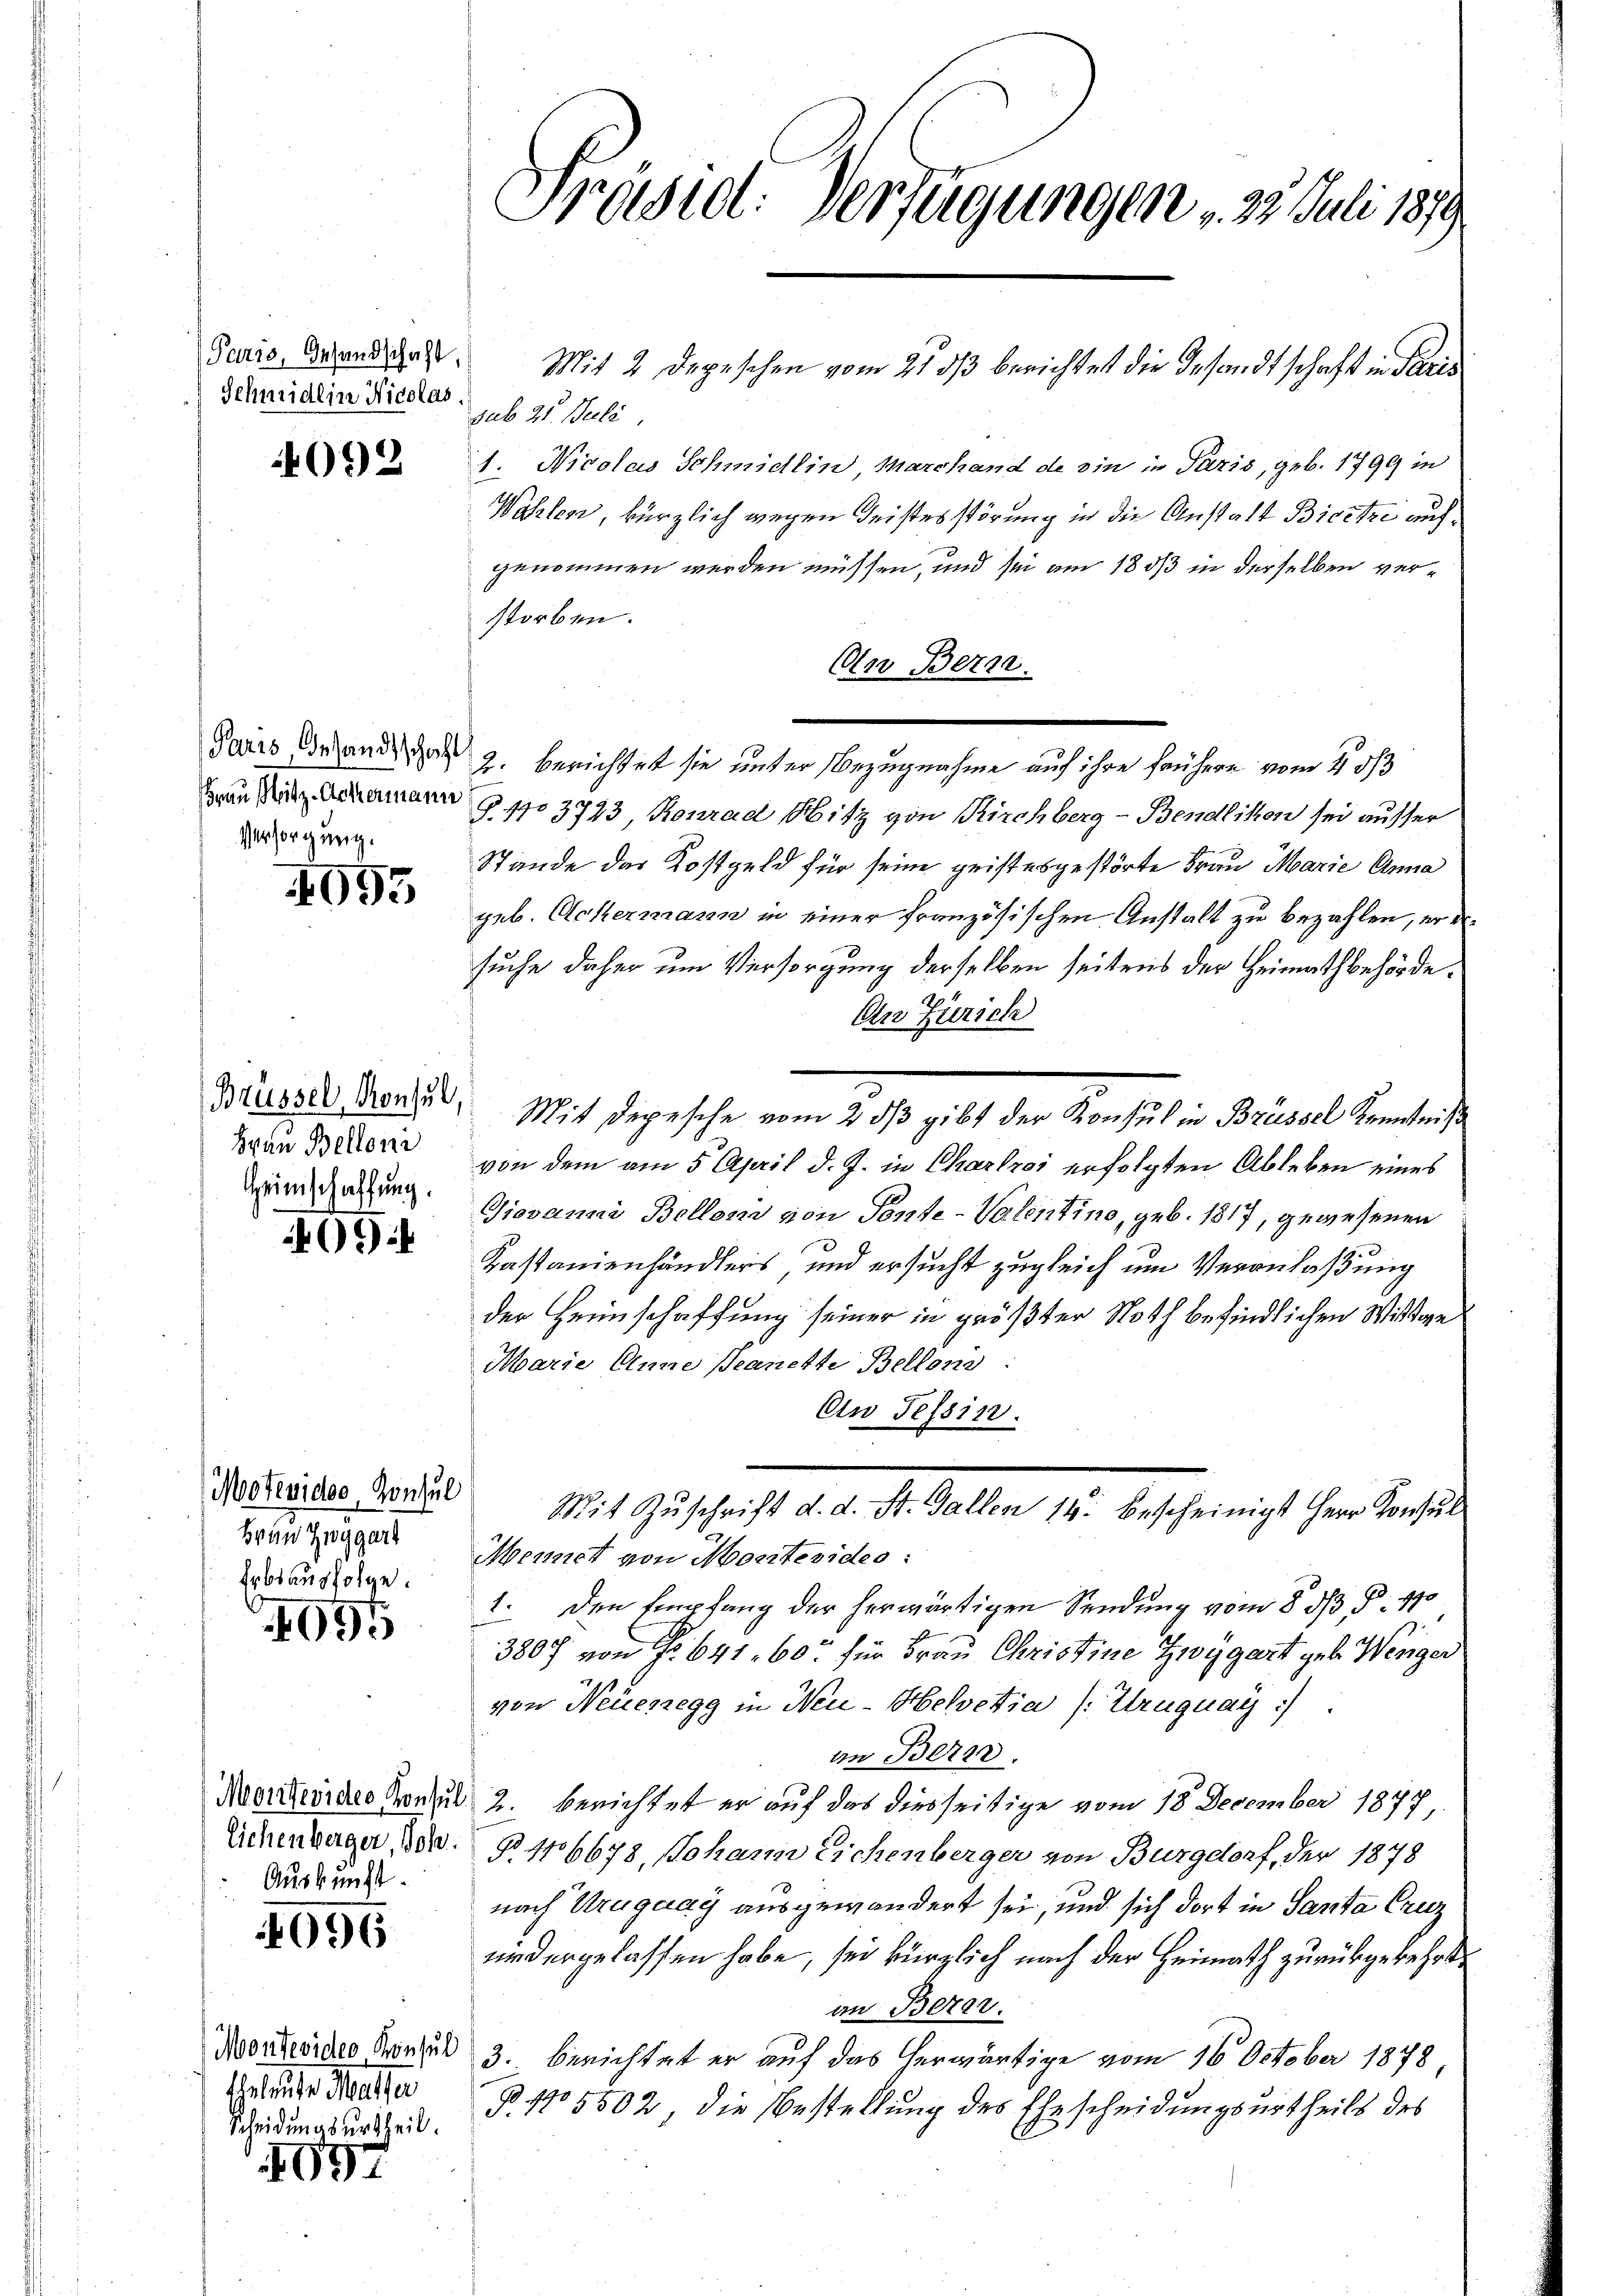
Paris, Gesandschaft,
Schmidlin Nicolas

4092

Paris, Gesandtschaft
Frau Mitz-Ackermann
Versorgung.

4095

Brüssel, Konsul
Frau Belloni
Heimschaffung.

694

Motevidee, Konsul
Frau Zwygart
Erbsausfolge.

1095

Auskunft.

096

1697

Montevider Konsul
Eheleute Matter
Scheidungsurtheil.

Präsid. Verfügungen , 2. Juli 1879.

sub 21. Juli
1. Nicolas Schmidlin Marchand de ein in Paris, geb. 1799 in
Wählen, kürzlich wegen Geistesstörung in die Anstalt Bieetze aufgenommen werden müssen, und sei am 1883 in derselben verstorben.
An Bern.
2. berichtet sie unter Bezugnahme auf ihre frühere vom 4. 53
§. 1103793 Konrad Hitz von Kirchberg - Bendlikon sei ausser
Stände das Kostgeld für seine geistesgestörte Frau Marie Anna
geb. Ackermann in einer französischen Anstalt zu bezahlen, er er
suche daher um Versorgung derselben seitens der Heimathbehörde.
An Zürich
von dem am 5. April d. J. in Charlroi erfolgten Ableben eines
Giovanna Bellonin von Sonte-Valentino, geb. 1817, gewesenen
Kastandenhändlers und ersucht zugleich um Veranlaßung
der Heimschaffung seiner in größter Noth befindlichen Wittwe
Marie Anne Peanette Bellons
Cw Tef8112.
Mit Zŭschrift d. d. St. Gallen 14. bescheinigt Herr Konsul
Mennet von Monteviden:
1. Den Empfang der herwärtigen Sendung vom 8. d. d. 170
3807 von No 641. 60 für Frau Christine Zwygart geb. Wenger
von Neuenegg in Neu-Helvetia (: Uruguay :/
an Bern.
Montevideo Konsul 2. berichtet er auf das diesseitige vom 18. December 1877,
Eichenlager ddo. § 46678, Johann Eichenberger von Burgdorf, der 1878
nach Uruguay ausgewandert sei, und sich dort in Santa Cruz
nedergelassen habe, sei kürzlich nach der Heimath zurükgekehrt,
an Berer.
3. berichtet er auf das herwärtige vom 16. October 1878
B. No 5502, die Bestellung des Ehescheidungsurtheils des

Mit 2 Depeschen vom 21. ds berichtet die Gesandtschaft in Paris

Mit Depesche vom 2 dß gibt der Konsul in Brüssel Kenntnis